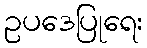
ဥပဒေပြုရေး